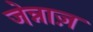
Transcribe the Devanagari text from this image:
जेन्नाज़